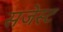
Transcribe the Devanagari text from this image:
सजेस्ट